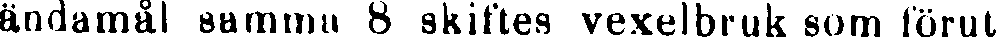
ändamål samma 8 skiftes vexelbruk som förut